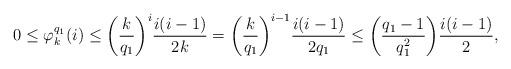
LaTeX: \begin{align*}0 \leq \varphi^{q_1}_{k}(i) \leq \bigg(\dfrac{k}{q_1} \bigg)^{i} \dfrac{i(i-1)}{2k} = \bigg(\dfrac{k}{q_1} \bigg)^{i-1} \dfrac{i(i-1)}{2q_1} \leq \bigg( \dfrac{q_1 - 1}{q_1^2} \bigg) \dfrac{i(i-1)}{2},\end{align*}